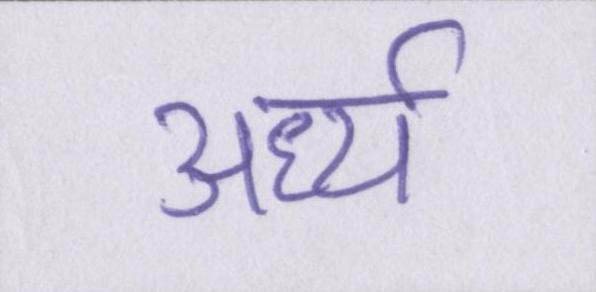
अर्ध्य